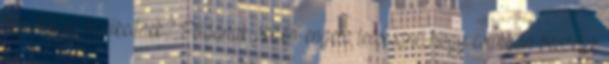
felnőttként viselkednek? Példának okáért engem lecseszni, hogy csúnyán beszélek